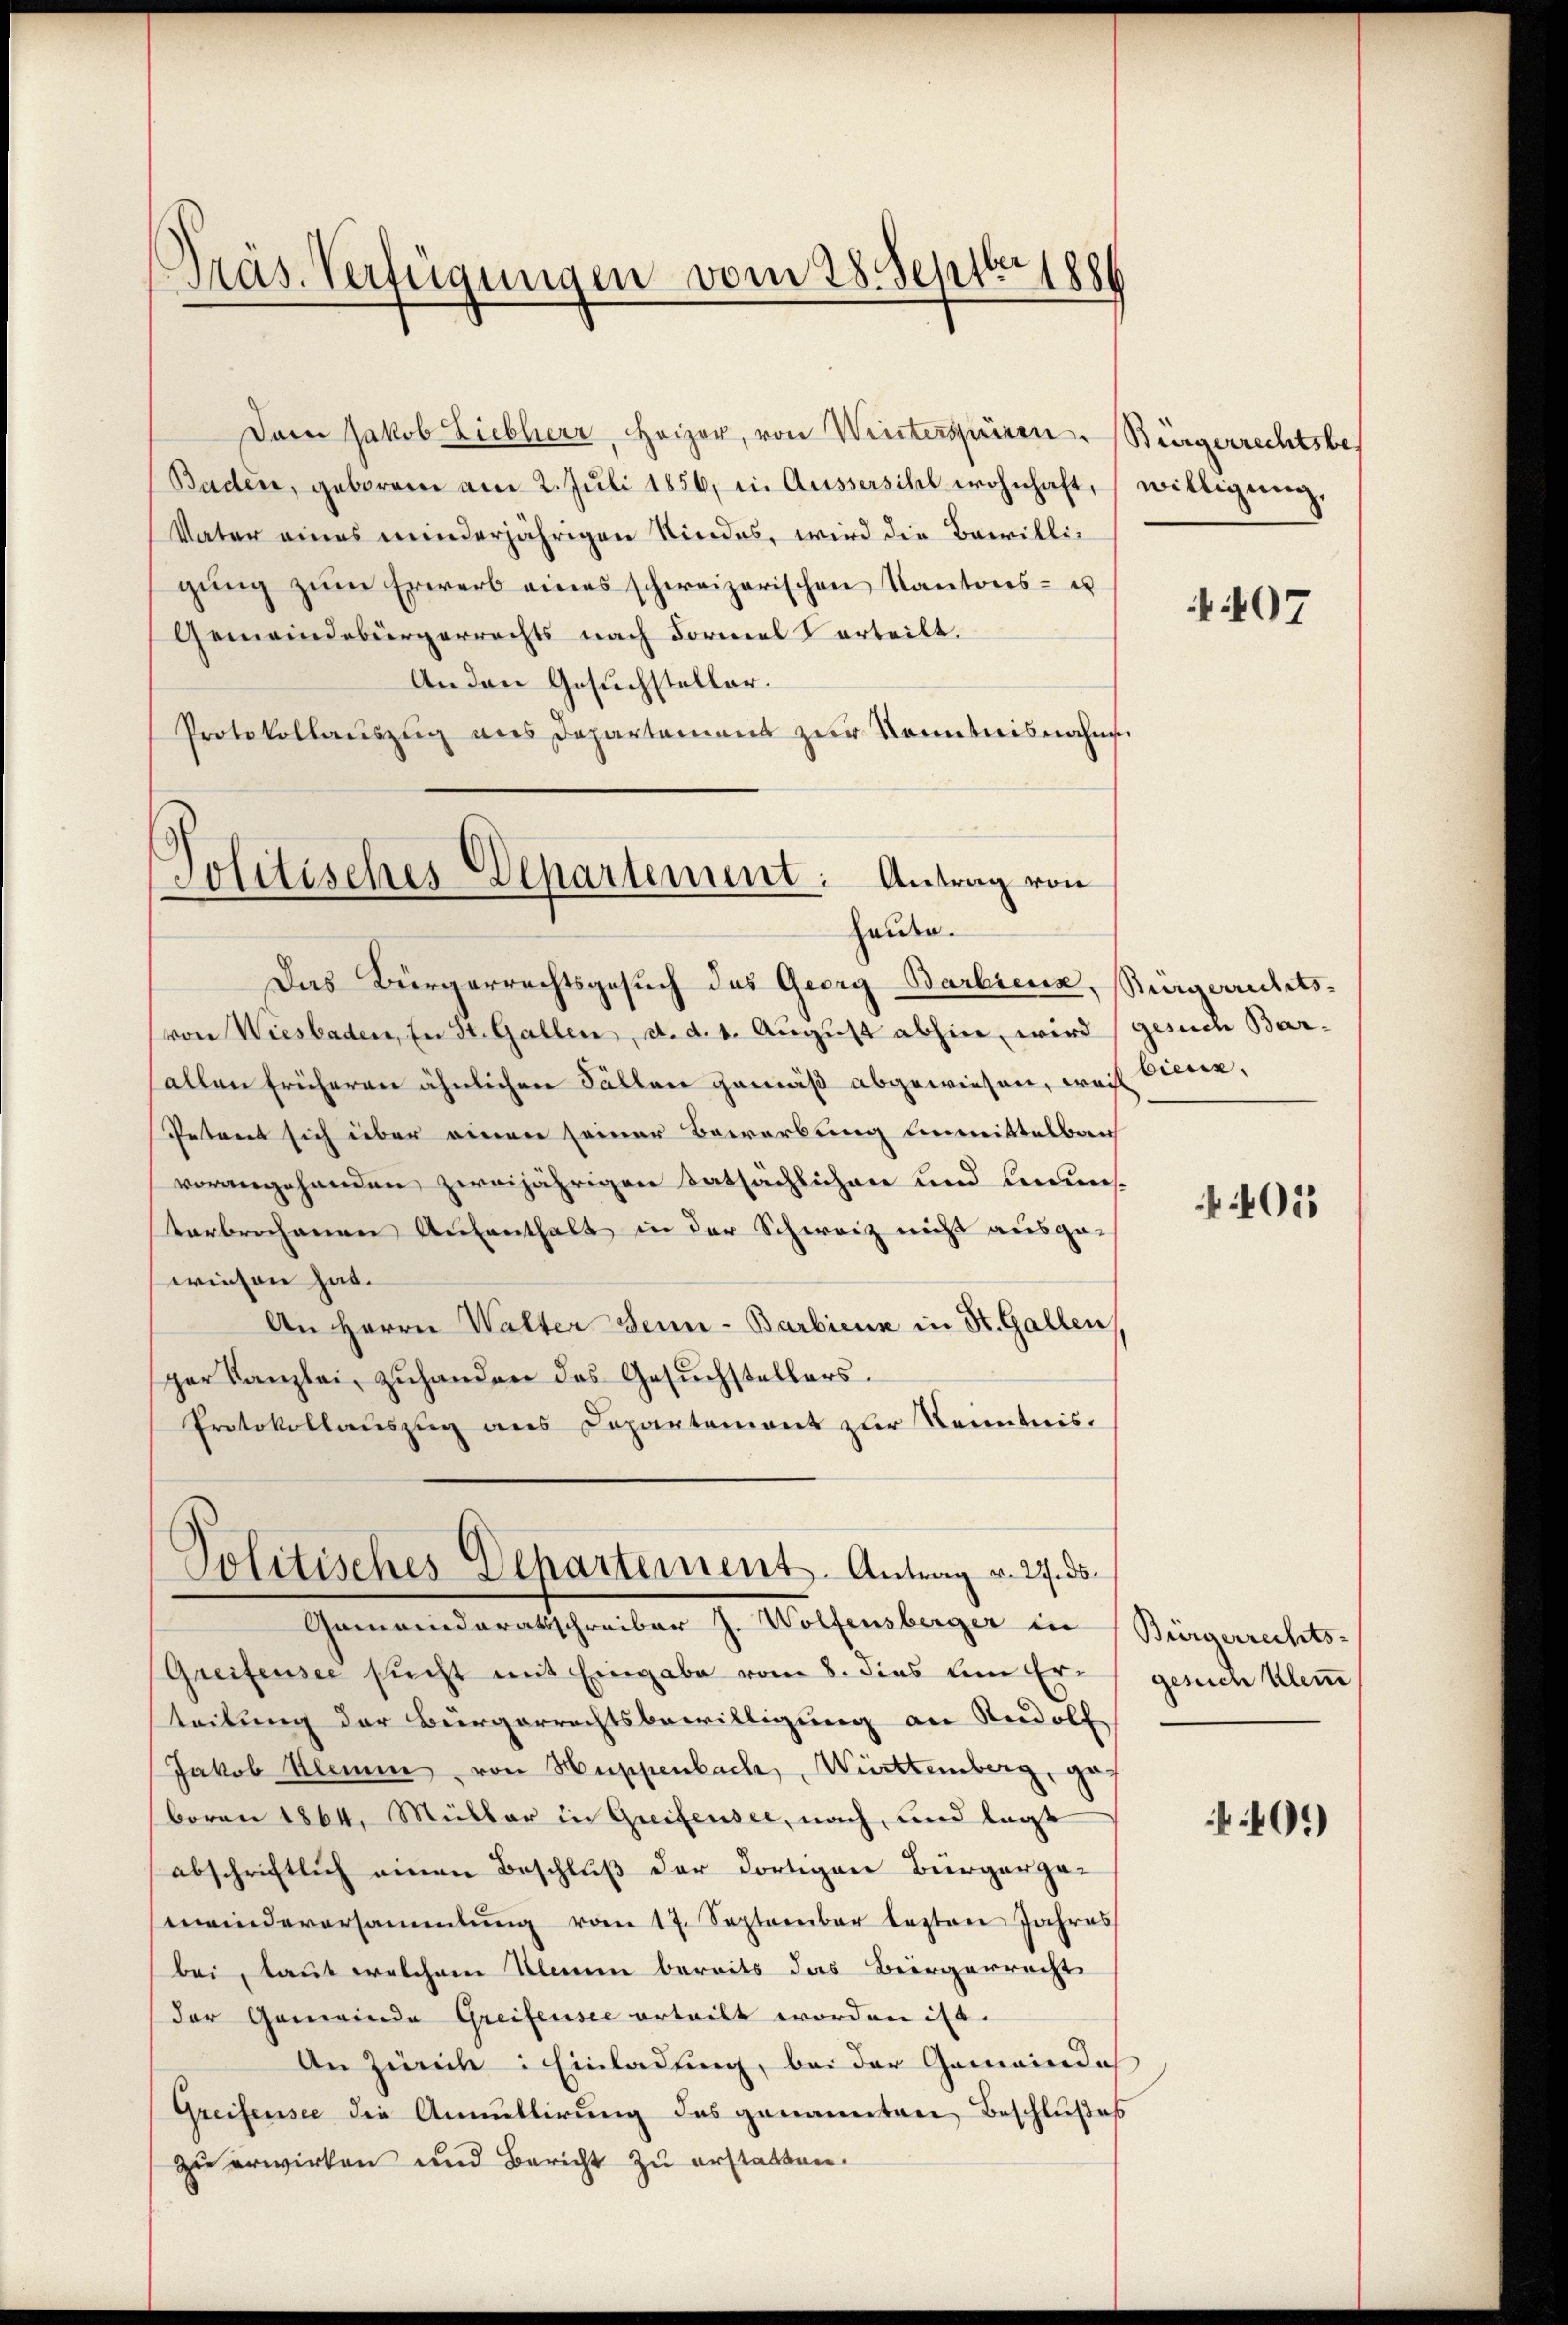
Dein Jakob Liebherr, Heizer, von Winterspüren. Bürgerrechtsbes
Baden, geborene am 2. Juli 1856, in Aussersihl wohnhaft, willigung,
Vater eines minderjährigen Kindes, wird die Bewilligung zum Erwerb eines schweizerischen Kantons- u
Gemeindebürgerrechts nach Formel erteilt.
An den Gesuchsteller.
Protokollauszug aus Departement zur Kenntnisnahm.

Präs. Verfügungen vom 28. Septbr 188

Politisches Departement. Antrag von
Heute.

Gemeinderatsschreiber J. Wolfensberger in Bürgerrechts-

Das Bürgerrechtsgesuch das Georg Barbiena, Bürgerrechts-
von Wiesbaden, in St. Gallen, d. d. 1. August abhin, wird (gesuch Bar-
allen früheren ähnlichen Fällen gemäß abgewiesen, weil Vieren,
Petent sich über einen seiner Bewerbung einmittelbar
vorangehenden zweijährigen tatsächlichen und Lunsterbrochenen Aufenthalt in der Schweiz nicht ausgewiesen hat.
An Herrn Walter sein - Barbiens in St. Gallen,
ger Kanzlei, zuhanden das Gesuchstellers.
Protokollauszug aus Departement zur Kenntnis.
Politisches Departement. Antrag v. 27. ds.

Greifensee sucht mit Eingabe vom 8. dies um Er- gesuch klein
teilung der Bürgerrechtsbewilligung an Rudolf
Jakob Kleiner von Huppenbach, Württemberg, gef
boren 1864. Müller in Greifensee, nach, und legt
abschriftlich einen Beschluß der dortigen Bürgerge-
meindeversammlung vom 17. September lezten Jahres
bei, laut welchem Klemme bereits das Bürgerrecht
der Gemeinde Greifensee erteilt worden ist.
An Zürich: Einladung, bei der Gemeinde
Greifensee die Annullirung das genannten Beschlußes
zu erwirken und Bericht zu erstatten.

407

05

40.)